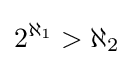
2^{\aleph _{1}}>\aleph _{2}